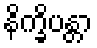
နိက္ခိပန္တာ